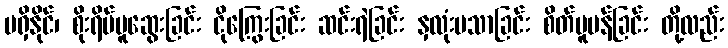
မရှိနိုင်၊ စိုးရိမ်ပူဆွေးခြင်း ငိုကြွေးခြင်း ဆင်းရဲခြင်း နှလုံးမသာခြင်း စိတ်ပူပန်ခြင်း တို့လည်း